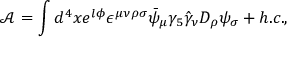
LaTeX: \mathcal { A } = \int d ^ { 4 } x e ^ { l \phi } \epsilon ^ { \mu \nu \rho \sigma } \bar { \psi } _ { \mu } \gamma _ { 5 } \hat { \gamma } _ { \nu } D _ { \rho } \psi _ { \sigma } + h . c . ,